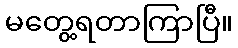
မတွေ့ရတာကြာပြီ။